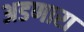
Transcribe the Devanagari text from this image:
अडणारा